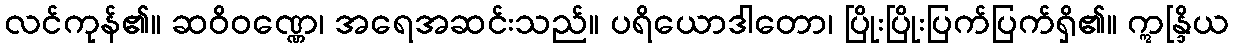
လင်ကုန်၏။ ဆဝိဝဏ္ဏေ၊ အရေအဆင်းသည်။ ပရိယောဒါတော၊ ပြိုးပြိုးပြက်ပြက်ရှိ၏။ ဣန္ဒြိယ